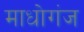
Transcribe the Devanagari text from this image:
माधोगंज